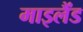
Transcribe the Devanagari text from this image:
माइलैंड